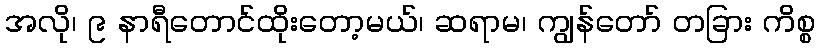
အလို၊ ၉ နာရီတောင်ထိုးတော့မယ်၊ ဆရာမ၊ ကျွန်တော် တခြား ကိစ္စ